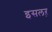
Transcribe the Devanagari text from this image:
इसलऱ़